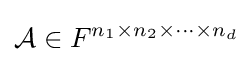
{\mathcal {A}}\in F^{n_{1}\times n_{2}\times \cdots \times n_{d}}